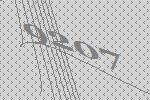
9207